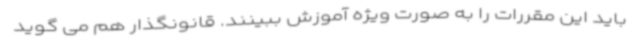
باید این مقررات را به صورت ویژه آموزش ببینند. قانونگذار هم می گوید